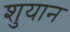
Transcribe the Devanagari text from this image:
शुयान